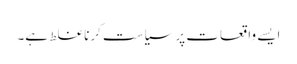
ایسے واقعات پر سیاست کرنا غلط ہے۔